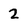
Character: 2